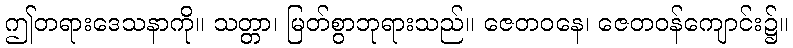
ဤတရားဒေသနာကို။ သတ္တာ၊ မြတ်စွာဘုရားသည်။ ဇေတဝနေ၊ ဇေတဝန်ကျောင်း၌။